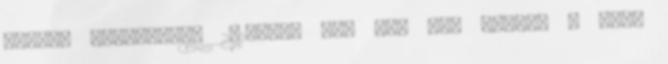
melyek határideje 2015-ben jár le. Úgy vélte: a riói